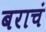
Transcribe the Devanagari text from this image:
बराचं